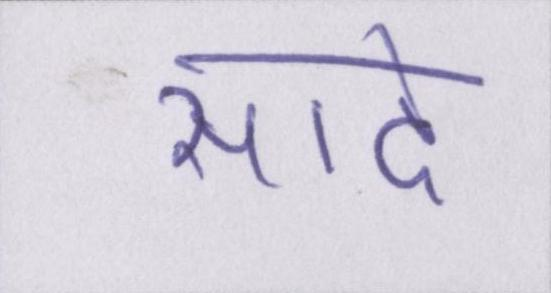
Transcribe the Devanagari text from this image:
सादे